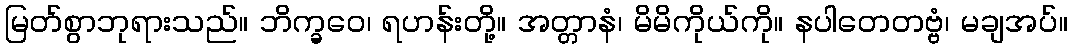
မြတ်စွာဘုရားသည်။ ဘိက္ခဝေ၊ ရဟန်းတို့။ အတ္တာနံ၊ မိမိကိုယ်ကို။ နပါတေတဗ္ဗံ၊ မချအပ်။